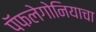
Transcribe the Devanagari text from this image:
पॅफलेगोनियाचा